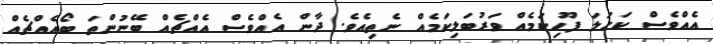
އެއްވެސް ކަހަލަ ފޫހިކަމެއް ވަރުބަލިކަމެއް ނެތިއެވެ. ދާން އެއްވެސް އެއްޗެއް ބޭނުންތަ ބޯއެއްޗެއް